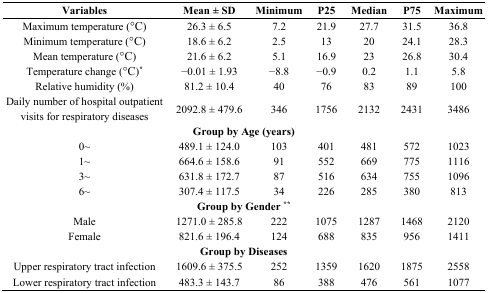
<table><thead><tr><td><b>Variables</b></td><td><b>Mean ± SD</b></td><td><b>Minimum</b></td><td><b>P25</b></td><td><b>Median</b></td><td><b>P75</b></td><td><b>Maximum</b></td></tr></thead><tbody><tr><td>Maximum temperature (°C)</td><td>26.3 ± 6.5</td><td>7.2</td><td>21.9</td><td>27.7</td><td>31.5</td><td>36.8</td></tr><tr><td>Minimum temperature (°C)</td><td>18.6 ± 6.2</td><td>2.5</td><td>13</td><td>20</td><td>24.1</td><td>28.3</td></tr><tr><td>Mean temperature (°C)</td><td>21.6 ± 6.2</td><td>5.1</td><td>16.9</td><td>23</td><td>26.8</td><td>30.4</td></tr><tr><td>Temperature change (°C)<b><sup>*</sup></b></td><td>−0.01 ± 1.93</td><td>−8.8</td><td>−0.9</td><td>0.2</td><td>1.1</td><td>5.8</td></tr><tr><td>Relative humidity (%)</td><td>81.2 ± 10.4</td><td>40</td><td>76</td><td>83</td><td>89</td><td>100</td></tr><tr><td>Daily number of hospital outpatient visits for respiratory diseases</td><td>2092.8 ± 479.6</td><td>346</td><td>1756</td><td>2132</td><td>2431</td><td>3486</td></tr><tr><td colspan="7"><b>Group by Age (years)</b></td></tr><tr><td>0~</td><td>489.1 ± 124.0</td><td>103</td><td>401</td><td>481</td><td>572</td><td>1023</td></tr><tr><td>1~</td><td>664.6 ± 158.6</td><td>91</td><td>552</td><td>669</td><td>775</td><td>1116</td></tr><tr><td>3~</td><td>631.8 ± 172.7</td><td>87</td><td>516</td><td>634</td><td>755</td><td>1096</td></tr><tr><td>6~</td><td>307.4 ± 117.5</td><td>34</td><td>226</td><td>285</td><td>380</td><td>813</td></tr><tr><td colspan="7"><b>Group by Gender <sup>**</sup></b></td></tr><tr><td>Male</td><td>1271.0 ± 285.8</td><td>222</td><td>1075</td><td>1287</td><td>1468</td><td>2120</td></tr><tr><td>Female</td><td>821.6 ± 196.4</td><td>124</td><td>688</td><td>835</td><td>956</td><td>1411</td></tr><tr><td colspan="7"><b>Group by Diseases</b></td></tr><tr><td>Upper respiratory tract infection</td><td>1609.6 ± 375.5</td><td>252</td><td>1359</td><td>1620</td><td>1875</td><td>2558</td></tr><tr><td>Lower respiratory tract infection</td><td>483.3 ± 143.7</td><td>86</td><td>388</td><td>476</td><td>561</td><td>1077</td></tr></tbody></table>